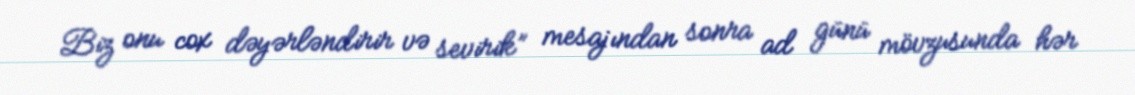
Biz onu cox dəyərləndirir və sevirik” mesajından sonra ad günü mövzusunda hər